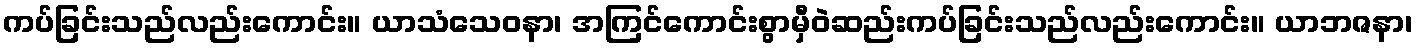
ကပ်ခြင်းသည်လည်းကောင်း။ ယာသံသေဝနာ၊ အကြင်ကောင်းစွာမှီဝဲဆည်းကပ်ခြင်းသည်လည်းကောင်း။ ယာဘဇနာ၊